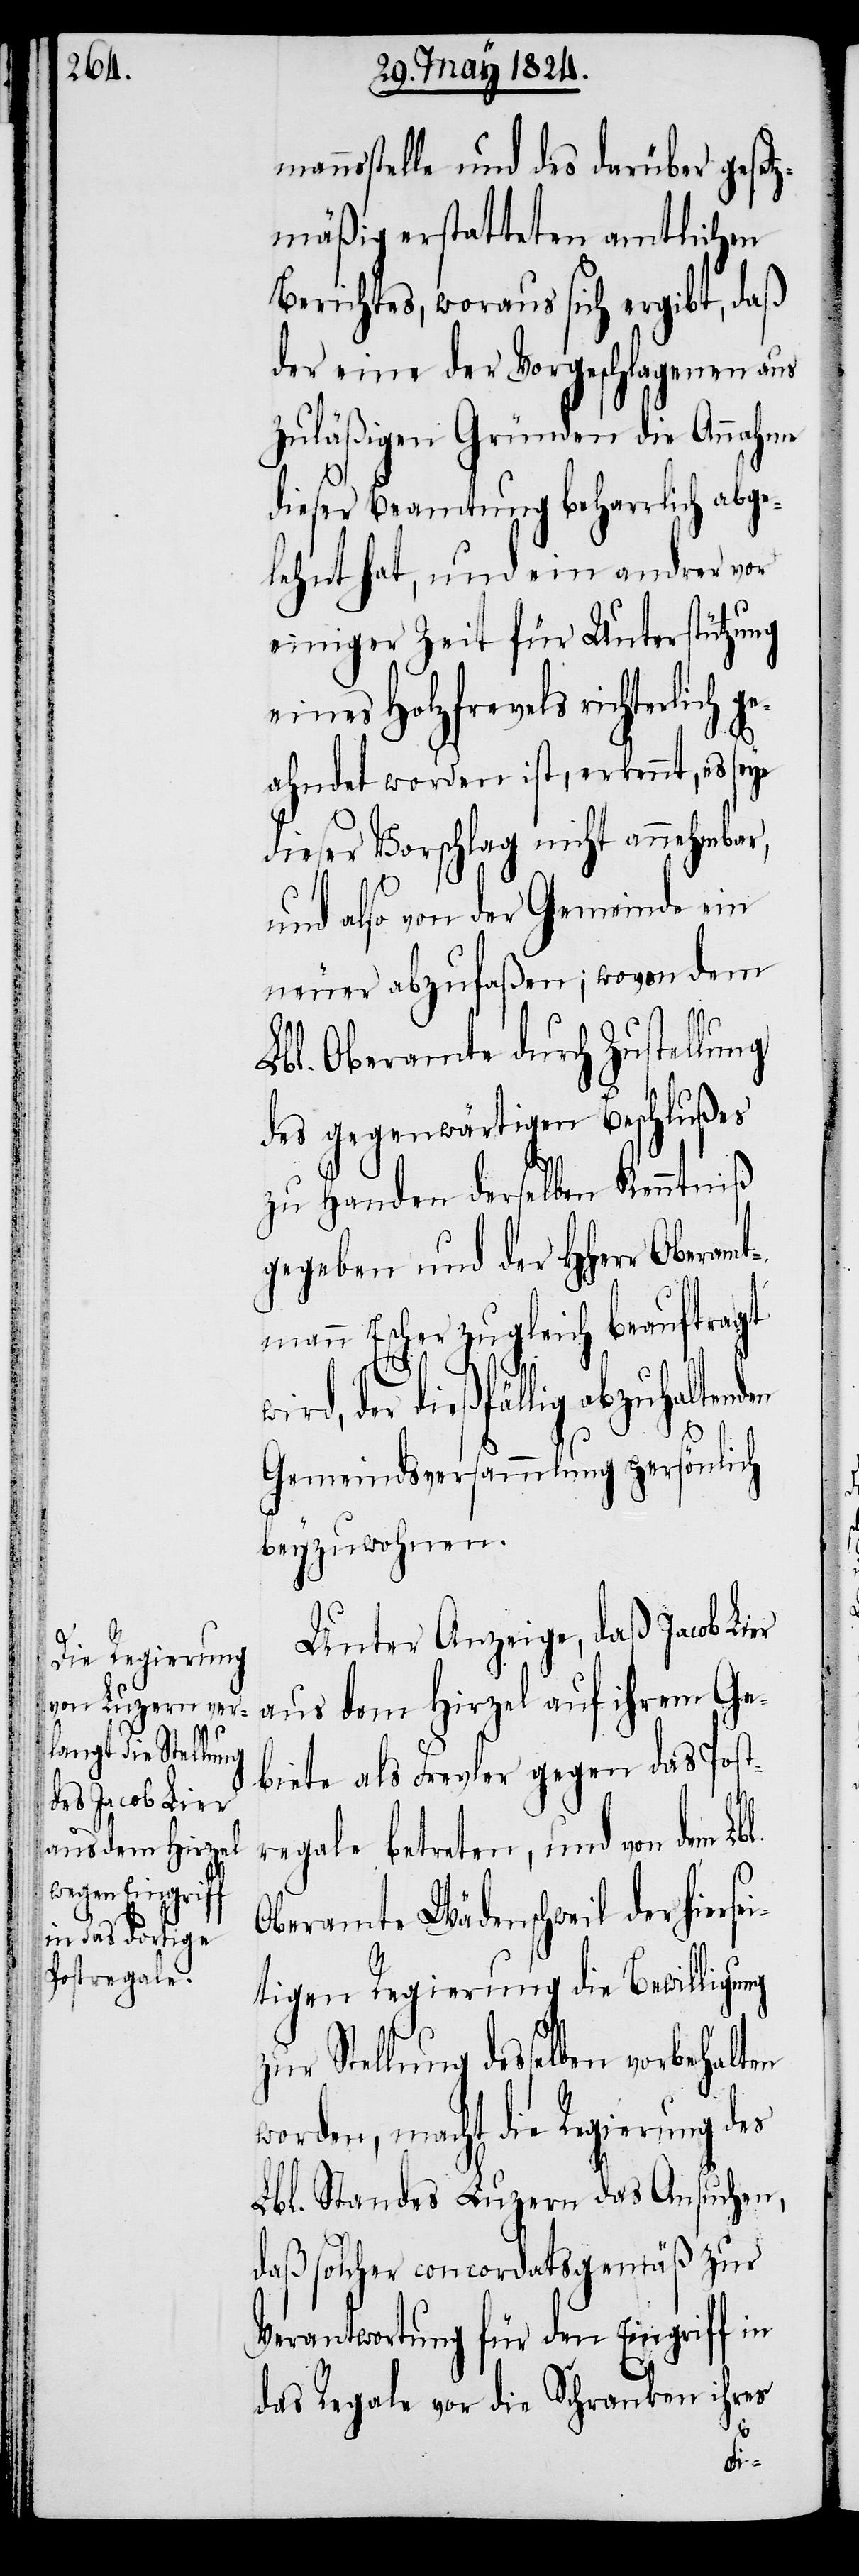
bl.

manstelle und des darüber gesetz¬
mäßig erstatteten amtlichen
Berichtes, woraus sich ergibt, daß
der eine der Vorgeschlagenen aus
zuläßigen Gründen die Annahme
dieser Beamtung beharrlich abge¬
lehnt hat, und ein andrer vor
einiger Zeit für Unterstützung
eines Holzfrevels richterlich
ahndet worden ist, erkennt, es seye
dieser Vorschlag nicht annehmbar,
und also von der Gemeinde ein
neuer abzufaßen; wovon dem
Lbl. Oberamte durch Zustellung
des gegenwärtigen Beschlußes
zu Handen derselben Kenntniß
gegeben und der HHerr Obera¬
mtmann Escher zugleich beauftragt
der dießfällig abzuhaltenden
Gemeindsversammlung persönlich
beyzuwohnen.
Unter Anzeige, daß Jacob Lier
aus dem Hirzel auf ihrem Ge¬
biete als Frevler gegen das Post¬
regale betreten, und von dem L¬
Oberamte Wädenschweil der hierse¬
itigen Regierung die Bewilligung
zur Stellung desselben vorbehalten
worden, macht die Regierung des
Lbl. Standes Luzern das Ansuchen,
daß solcher concordatsmäßig zur
Verantwortung für den Eingriff in
das Regale vor die Schranken ihres
ge¬